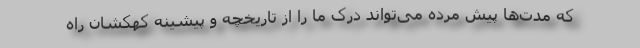
که مدت‌ها پیش مرده می‌تواند درک ما را از تاریخچه و پیشینه کهکشان راه